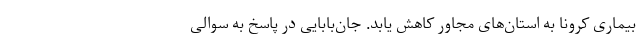
بیماری کرونا به استان‌های مجاور کاهش یابد. جان‌بابایی در پاسخ به سوالی